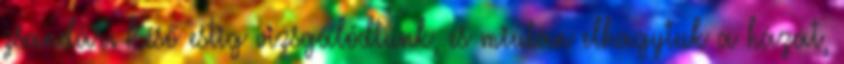
zsandár. Késő estig vizsgálódtunk, és miután elhagytuk a házat,